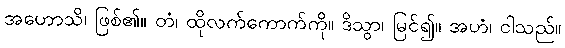
အဟောသိ၊ ဖြစ်၏။ တံ၊ ထိုလက်ကောက်ကို။ ဒိသွာ၊ မြင်၍။ အဟံ၊ ငါသည်။